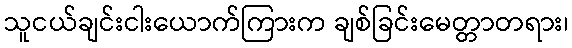
သူငယ်ချင်းငါးယောက်ကြားက ချစ်ခြင်းမေတ္တာတရား၊